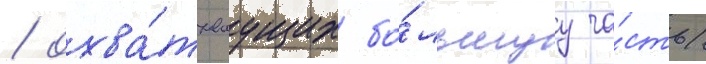
/ охва́тываущих бо́льшуу ча́сть